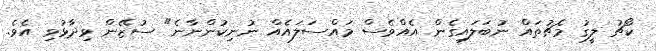
ކޯޗު ލީގު މެޗުތައް ނުބަލައިގެން އެއްވެސް މައްސަލައެއް ނުނިކުންނާނެ" ސުޒޭން ވިދާޅުވި އެވެ.